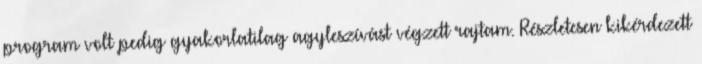
program volt pedig gyakorlatilag agyleszívást végzett rajtam. Részletesen kikérdezett